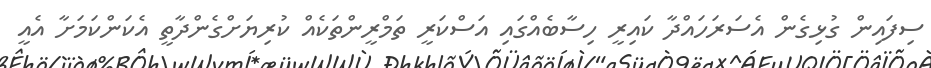
ސިފައިން ގުޅިގެން އެސަރަހައްދާ ކައިރީ ހިސާބެއްގައި އަސްކަރީ ތަމްރީންތަކެއް ކުރިޔަށްގެންދާތީ އެކަންކަމަށާ އެއީ